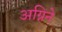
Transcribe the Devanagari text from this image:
अग्निने